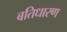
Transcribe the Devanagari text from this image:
बतिधारण